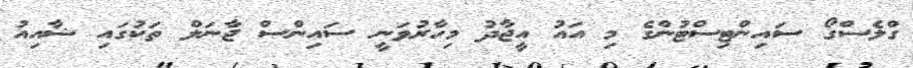
ގްލެސްގޯ ސައިންޓިސްޓުންގެ މި އައު އީޖާދު މިހާރުވަނީ ސައިންސް ޖާނަލް ތަކުގައި ޝާއިއު